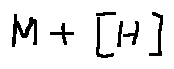
M + [ H ]